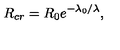
R _ { c r } = R _ { 0 } e ^ { - \lambda _ { 0 } / \lambda } ,